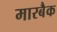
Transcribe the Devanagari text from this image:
मारबैक